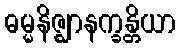
ဓမ္မနိဇ္ဈာနက္ခန္တိယာ